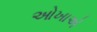
ઓખાએ